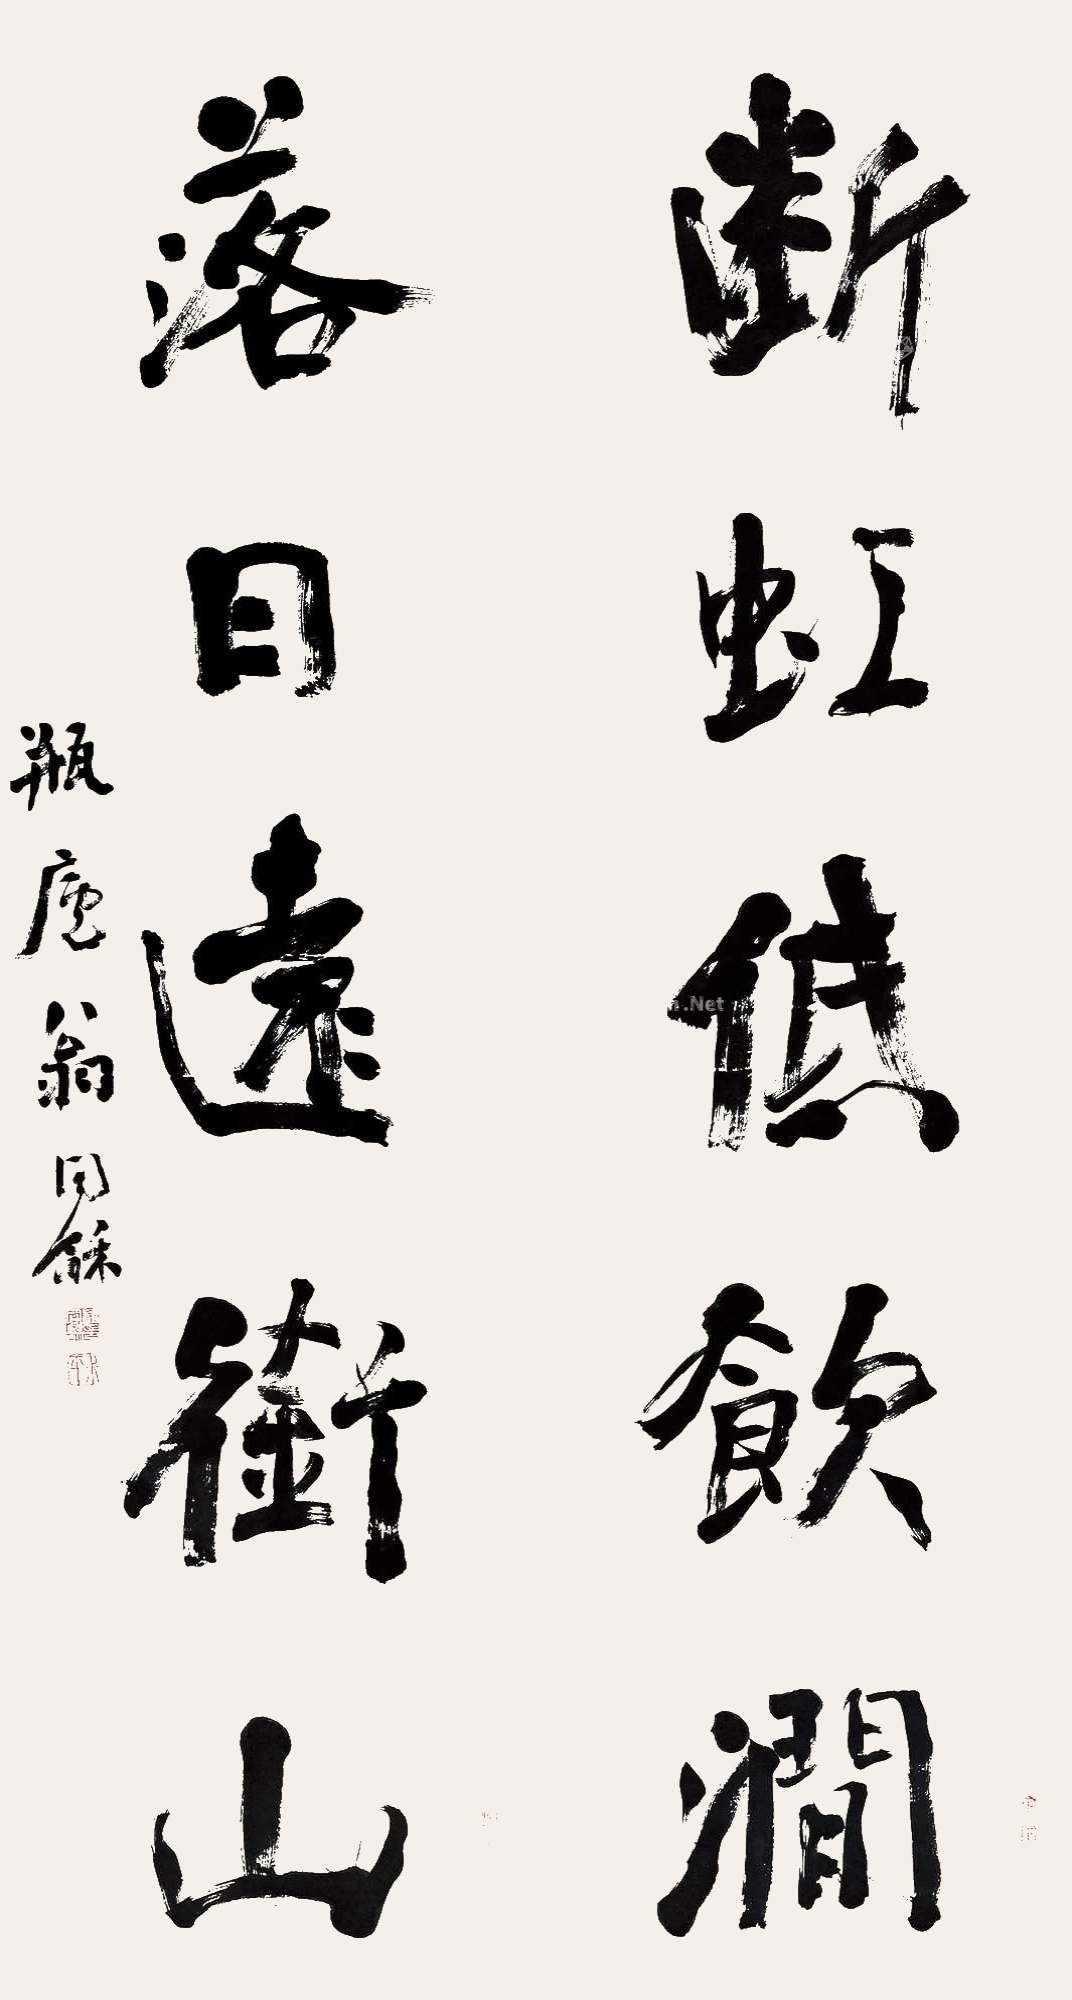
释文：断虹低饮涧，落日远衔山。瓶庐翁同龢。